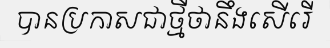
បានប្រកាសជាថ្មីថានឹងសើរើ